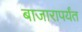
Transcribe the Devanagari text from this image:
बाजारापर्यंत